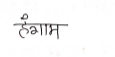
मजकूर: हंगाम